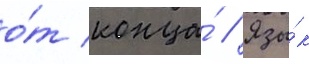
о́т конца́ // Язы́к